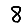
Digit: 8